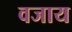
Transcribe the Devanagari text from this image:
वजाय